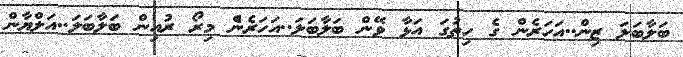
ބަލާބަލަ ޒިން..އަހަރެން ގެ ހިތުގަ އަޅާ ވޭން ބަލާބަލަ..އަހަރެނެް މިރޯ ރުއިން ބަލާބަލަ..އަލްޔާން